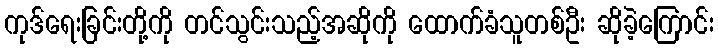
ကုဒ်ရေးခြင်းတို့ကို တင်သွင်းသည့်အဆိုကို ထောက်ခံသူတစ်ဦး ဆိုခဲ့ကြောင်း